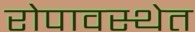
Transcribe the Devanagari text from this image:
रोपावस्थेत